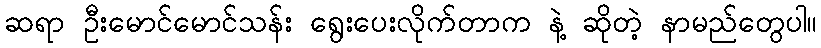
ဆရာ ဦးမောင်မောင်သန်း ရွေးပေးလိုက်တာက နဲ့ ဆိုတဲ့ နာမည်တွေပါ။